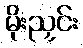
မိုးညှင်း